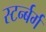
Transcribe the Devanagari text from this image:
स्टर्न्बर्ग